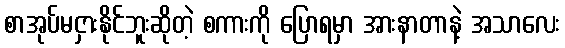
စာအုပ်မငှားနိုင်ဘူးဆိုတဲ့ စကားကို ပြောရမှာ အားနာတာနဲ့ အသာလေး